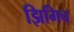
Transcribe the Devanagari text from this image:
झिगिच